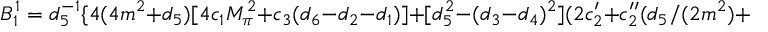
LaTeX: B _ { 1 } ^ { 1 } = d _ { 5 } ^ { - 1 } \{ 4 ( 4 m ^ { 2 } + d _ { 5 } ) [ 4 c _ { 1 } M _ { \pi } ^ { 2 } + c _ { 3 } ( d _ { 6 } - d _ { 2 } - d _ { 1 } ) ] + [ d _ { 5 } ^ { 2 } - ( d _ { 3 } - d _ { 4 } ) ^ { 2 } ] ( 2 c _ { 2 } ^ { \prime } + c _ { 2 } ^ { \prime \prime } ( d _ { 5 } / ( 2 m ^ { 2 } ) + 2 ) ] \} \, ,